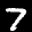
Label: 7